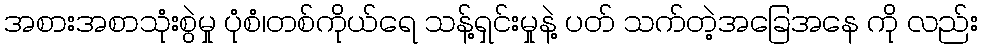
အစားအစာသုံးစွဲမှု ပုံစံ၊တစ်ကိုယ်ရေ သန့်ရှင်းမှုနဲ့ ပတ် သက်တဲ့အခြေအနေ ကို လည်း